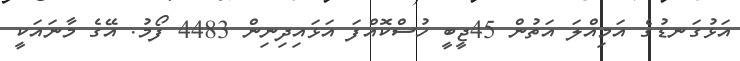
އަޅުގަނޑުގެ އަމިއްލަ އަތުން 45ޖީބީ ހުސްކޮއްފަ އަޅައިދިނިން 4483 ފޯމު. އޭގެ މާނައަކީ